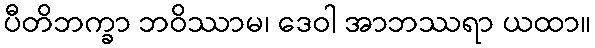
ပီတိဘက္ခာ ဘဝိဿာမ၊ ဒေဝါ အာဘဿရာ ယထာ။